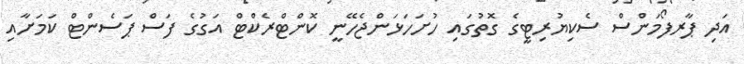
އަދި ޕާރފޯމަންސް ސެކިޔުރިޓީގެ ގޮތުގައި ހުށަހަޅަންޖެހޭނީ ކޮންޓްރެކްޓް އަގުގެ ފަސް ޕަސެންޓް ކަމަށާއި